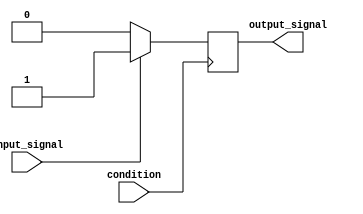
module if_else_statement (
  input wire condition,
  input wire input_signal,
  output wire output_signal
);

  reg result;

  always @ (posedge condition) begin
    if (input_signal == 1) begin
      result <= 1;
    end else begin
      result <= 0;
    end
  end

  assign output_signal = result;

endmodule